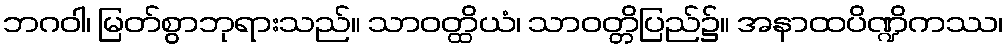
ဘဂဝါ၊ မြတ်စွာဘုရားသည်။ သာဝတ္ထိယံ၊ သာဝတ္တိပြည်၌။ အနာထပိဏ္ဍိကဿ၊